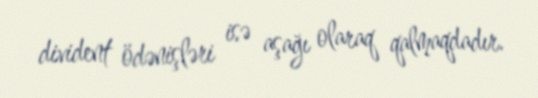
divident ödənişləri isə aşağı olaraq qalmaqdadır.